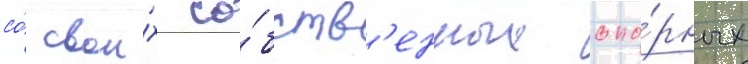
со́ свои́х со́бств'енных опо́рных